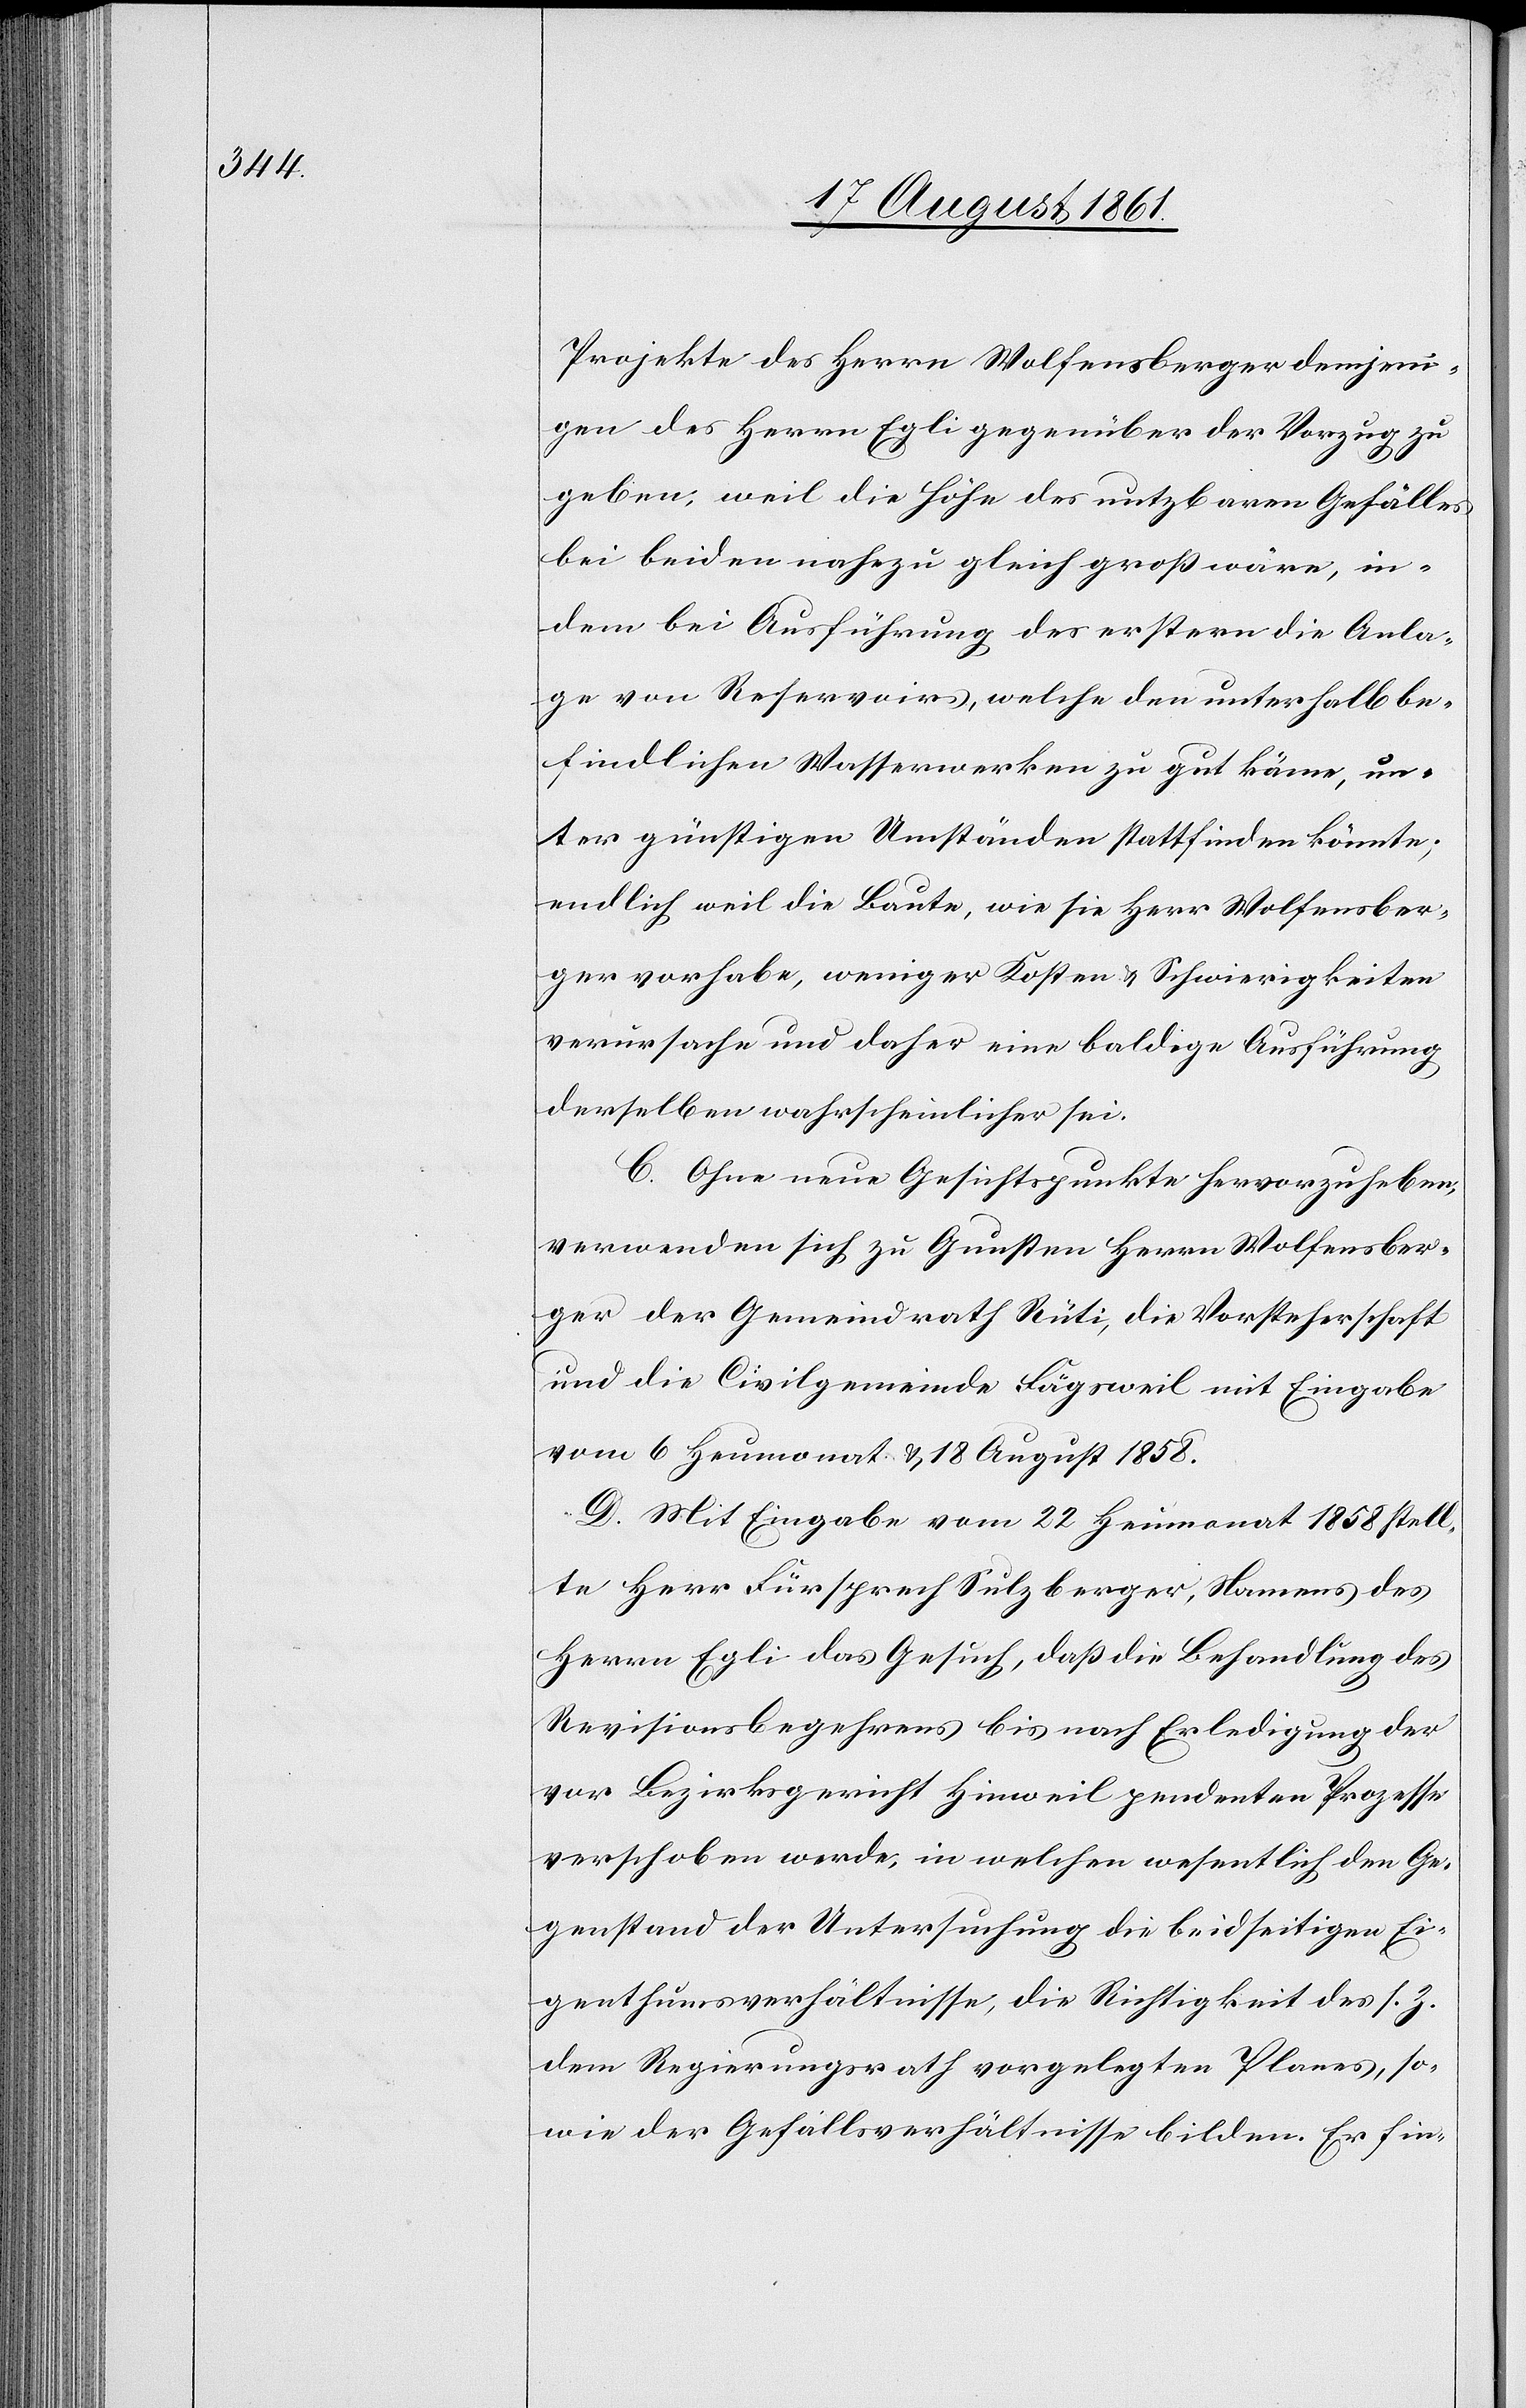
Projekte des Herrn Wolfensberger demjeni¬
gen des Herrn Egli gegenüber der Vorzug zu
geben, weil die Höhe des nutzbaren Gefälls
bei beiden nahezu gleich groß wäre, in¬
dem bei Ausführung des erstern die Anla¬
ge von Reservoirs, welche den unterhalb be¬
findlichen Wasserwerken zu gut käme, un¬
ter günstigen Umständen stattfinden könnte;
endlich weil die Baute, wie sie Herr Wolfensber¬
ger vorhabe, weniger Kosten u. Schwierigkeiten
verursache und daher eine baldige Ausführung
derselben wahrscheinlicher sei.
C. Ohne neue Gesichtspunkte hervorzuheben,
verwenden sich zu Gunsten Herrn Wolfensber¬
ger der Gemeindrath Rüti, die Vorsteherschaft
und die Civilgemeinde Fägsweil mit Eingabe
vom 6 Heumonat u. 18 August 1858.
D. Mit Eingabe vom 22 Heumonat 1858 stell¬
te Herrn Fürsprech Sulzberger, Namens des
Herrn Egli das Gesuch, daß die Behandlung des
Revisionsbegehrens bis nach Erledigung der
vor Bezirksgericht Hinweil geendeten Prozesse
verschoben werde, in welchen wesentlich den Ge¬
genstand der Untersuchung die beidseitigen Ei¬
genthumsverhältnisse, die Richtigkeit des s. Z.
dem Regierungsrath vorgelegten Planes, so¬
wie der Gefällsverhältnisse bilden. Er fin-